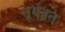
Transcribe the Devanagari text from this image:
सूर्यव्रत